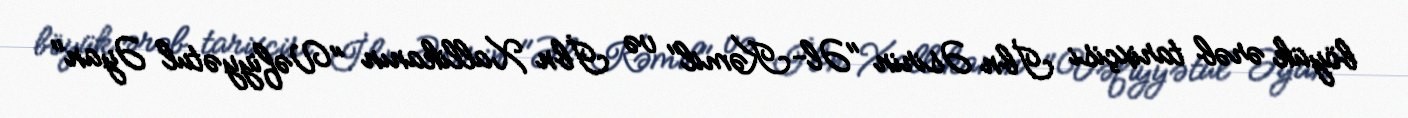
böyük ərəb tarixçisi İbn Əsirin "Əl-Kəmil" və İbn Xallikanın "Vəfiyyətul Əyan"